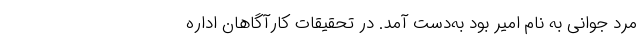
مرد جوانی به نام امیر بود به‌دست آمد. در تحقیقات کارآگاهان اداره